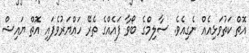
އޮތް ކަތުވަޅިއެއް ނެގިއެވެ. ސާލިމްގެ ބޯވާ ފައެއްގެ ތެރޭ ހައްޔަރުވެފައި އޮތް ޔައިޝް